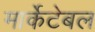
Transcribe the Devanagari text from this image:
मार्केटेबल